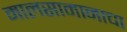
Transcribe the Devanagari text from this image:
मालसामानाचा